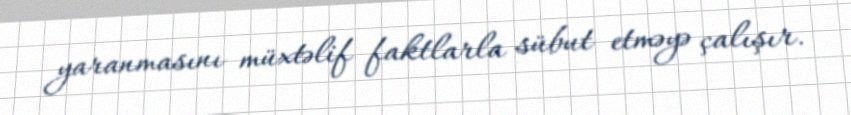
yaranmasını müxtəlif faktlarla sübut etməyə çalışır.